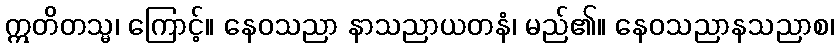
ဣတိတသ္မ၊ ကြောင့်။ နေဝသညာ နာသညာယတနံ၊ မည်၏။ နေဝသညာနသညာစ၊